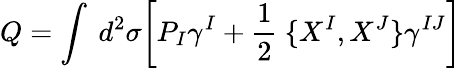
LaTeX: Q=\int~d^{2}\sigma\biggl[P_{I}\gamma^{I}+\frac{1}{2}~\lbrace X^{I},X^{J}\rbrace\gamma^{IJ}\biggr]